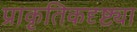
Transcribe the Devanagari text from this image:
प्राकृतिकदृष्ट्या